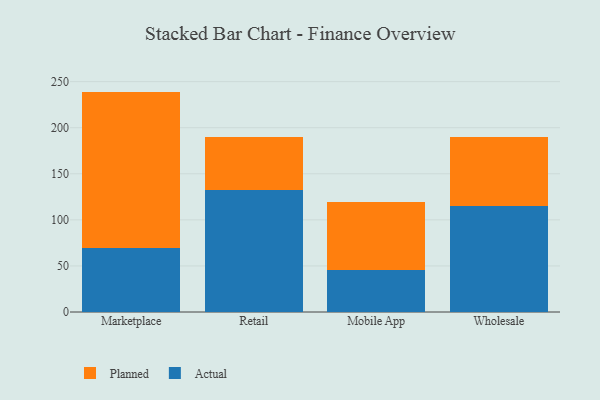
{"axis": {"x": "Channel", "y": "Backlog"}, "legend": ["Actual", "Planned"], "data": [{"x": "Marketplace", "y": 69.4, "type": "Actual"}, {"x": "Marketplace", "y": 169.8, "type": "Planned"}, {"x": "Retail", "y": 132.2, "type": "Actual"}, {"x": "Retail", "y": 57.4, "type": "Planned"}, {"x": "Mobile App", "y": 45.1, "type": "Actual"}, {"x": "Mobile App", "y": 73.9, "type": "Planned"}, {"x": "Wholesale", "y": 115.2, "type": "Actual"}, {"x": "Wholesale", "y": 74.4, "type": "Planned"}]}